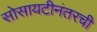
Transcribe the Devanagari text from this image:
सोसायटीनंतरची